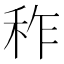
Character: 秨